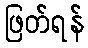
ဖြတ်ရန်